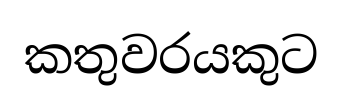
කතුවරයකුට